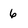
Character: 6